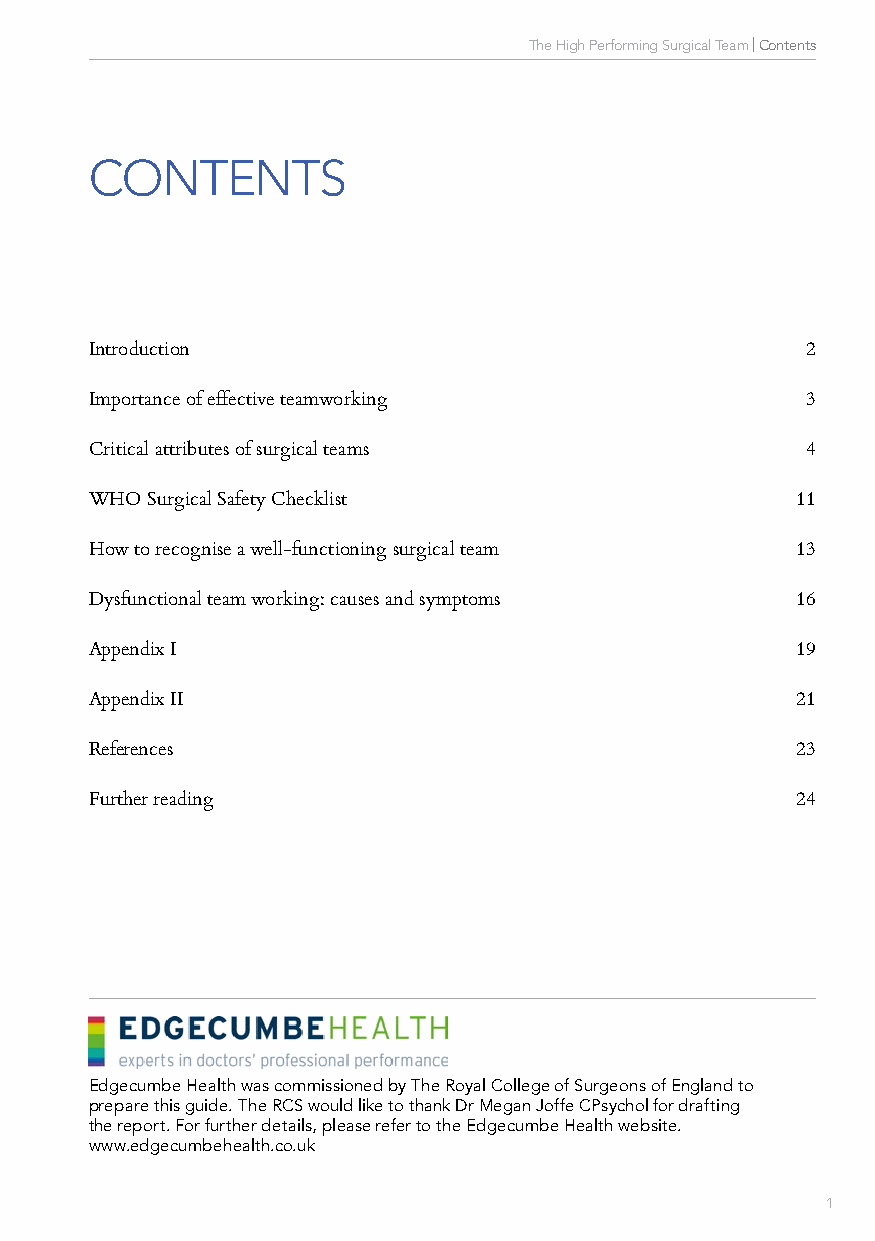
The High Performing Surgical Team | Contents
 CONTENTS
 Introduction                                   2
 Importance of effective teamworking            3
 Critical attributes of surgical teams          4
 WHO Surgical Safety Checklist                  11
 How to recognise a well-functioning surgical team 13
 Dysfunctional team working: causes and symptoms 16
 Appendix I                                     19
 Appendix II                                    21
 References                                     23
 Further reading                                24
 Edgecumbe Health was commissioned by The Royal College of Surgeons of England to
 prepare this guide. The RCS would like to thank Dr Megan Joffe CPsychol for drafting
 the report. For further details, please refer to the Edgecumbe Health website.
 www.edgecumbehealth.co.uk
 1                                                      1